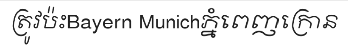
ត្រូវប៉ះBayern Munichភ្នំពេញក្រោន